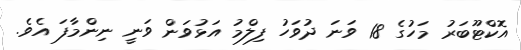
އޮކްޓޫބަރު މަހުގެ 18 ވަނަ ދުވަހު ފިލްމު އަޅުވަން ވަނީ ނިންމާފަ އެވެ.